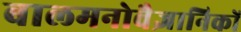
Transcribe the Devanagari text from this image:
बालमनोवैज्ञानिकों